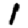
Digit: 1